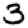
Digit: 3